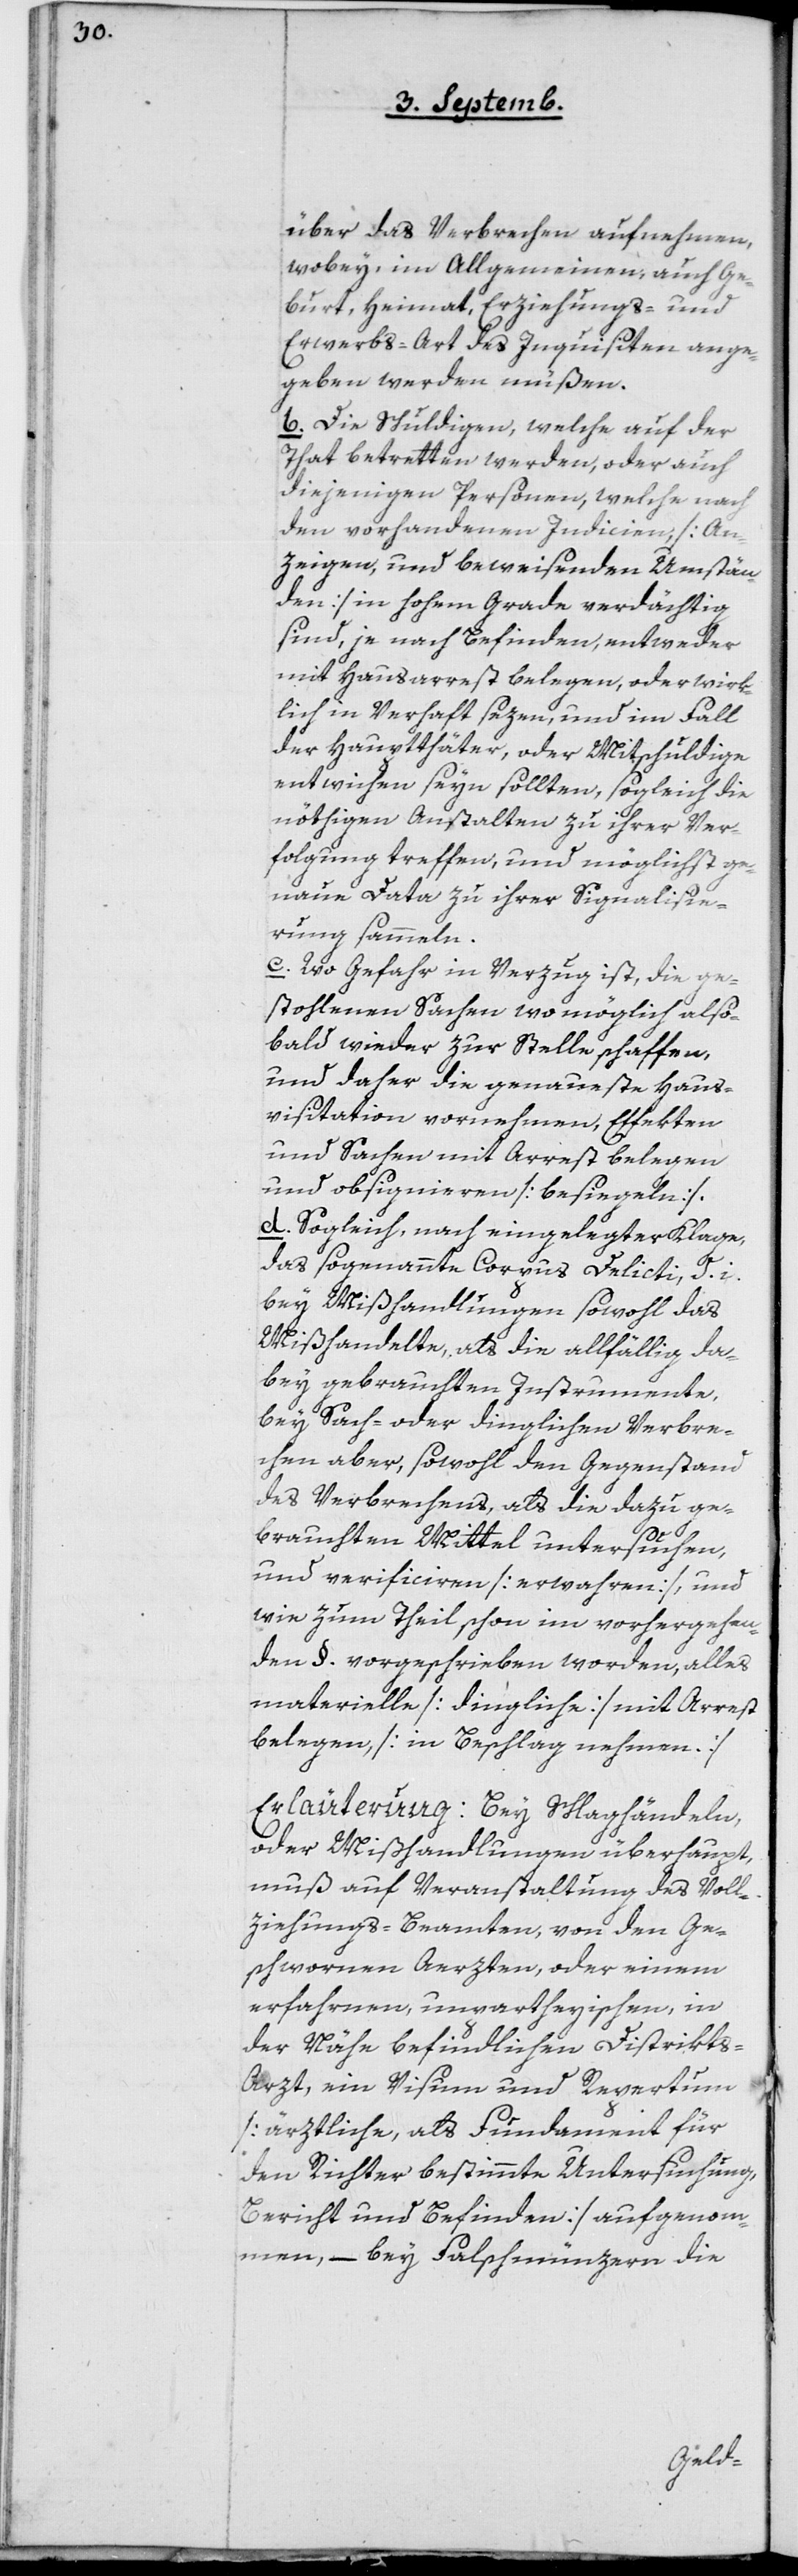
über das Verbrechen aufnehmen,
wobey im Allgemeinen, auch Ge¬
burt, Heimat, Erziehungs- und
Erwerbs-Art des Inquisiten ange¬
geben werden müßen.
b. Die Schuldigen, welche auf der
That betretten werden, oder auch
diejenigen Personen, welche nach
der vorhandenen Judicien, [An¬
zeigen, und beweisenden Umstän¬
den] in hohem Grade verdächtig
sind, je nach Befinden, entweder
mit Hausarrest belegen, oder wirk¬
lich in Verhaft sezen, und im Fall
der Hauptthäter oder Mitschuldige
entwichen seyn sollten, sogleich die
nöthigen Anstalten zu ihrer Ver¬
folgung treffen, und möglichst ge¬
naue Data zu ihrer Signalisie¬
rung sammeln.
c. Wo Gefahr in Verzug ist, die ge¬
stohlenen Sachen wo möglich also¬
bald wieder zur Stelle schaffen,
und daher die genaueste Haus¬
visitation vornehmen, Effekten
und Sachen mit Arrest belegen
und obsignieren [besiegeln].
d. Sogleich nach eingelegter Klage,
das sogenannte Corpus Delicti, T. i.
bei Mißhandlungen sowohl das
Mißhandelte als die allfällige da¬
bey gebrauchten Instrumente,
bei Sach- oder dinglichen Verbre¬
chen aber, sowohl den Gegenstand
des Verbrechens, als die dazu ge¬
brauchten Mittel untersuchen,
und verificiren [erwahren], und
wie zum Theil schon im vorhergehen¬
den § vorgeschrieben worden, alles
materielle [Dingliche] mit Arrest
belegen [in Beschlag nehmen.]
Erläuterung: Bey Schlaghändeln,
oder Mißhandlungen überhaupt,
muß auf Veranstaltung des Voll¬
ziehungs-Beamten, von den Ge¬
schworenen Aerzten, oder einem
erfahrnen unpartheyischen, in
der Nähe befindlichen Distrikt¬
s-Arzt, ein Visum und Repertum
[ärztliche, als Fundament für
den Richter bestimmte Untersuchung,
Bericht und Befinden] aufgenom¬
men, – bey Falschmünzern die